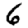
Digit: 6